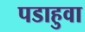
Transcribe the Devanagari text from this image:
पडाहुवा